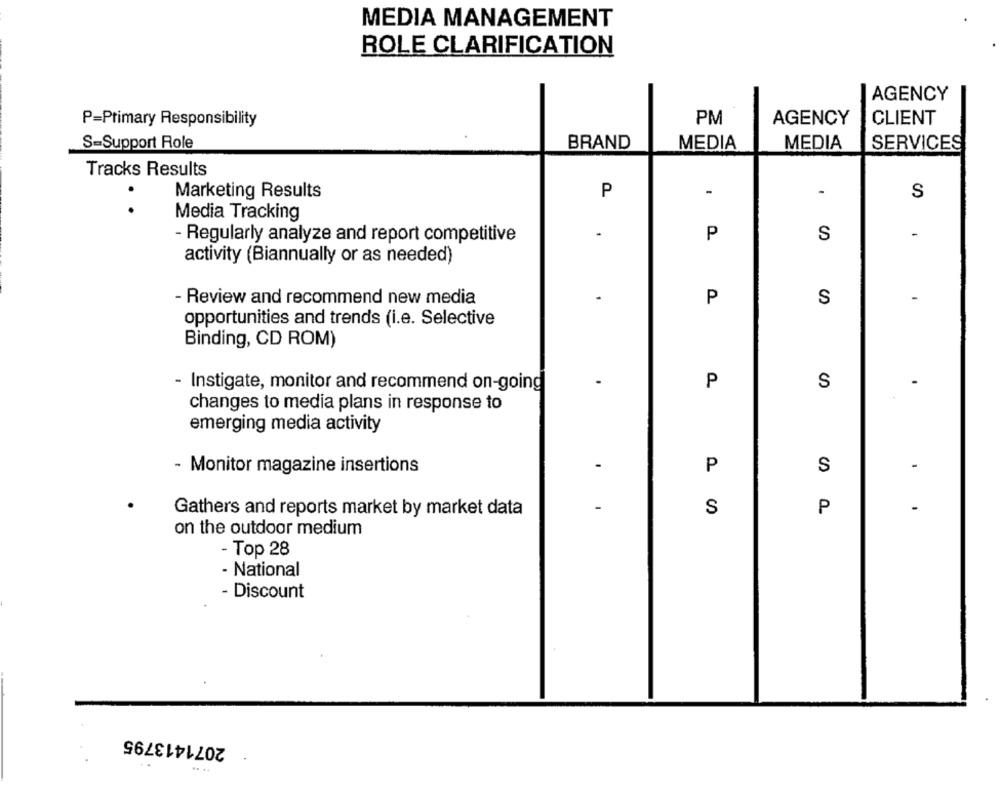
MEDIA MANAGEMENT
ROLE CLARIFICATION
AGENCY
PM
AGENCY
P=Primary Responsibility
CLIENT
S-Support Role
BRAND
MEDIA
MEDIA
SERVICES
Tracks Results
-
Marketing Results
P
S
. .
Media Tracking
P
S
-
- Regularly analyze and report competitive
activity (Biannually or as needed)
- Review and recommend new media
P
S
-
opportunities and trends (i.e. Selective
Binding, CD ROM)
-
- Instigate, monitor and recommend on-going
P
S
changes to media plans in response to
emerging media activity
P
S
-
- Monitor magazine insertions
Gathers and reports market by market data
S
P
-
on the outdoor medium
- Top 28
- National
- Discount
2071413795